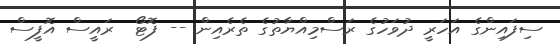
ސިފައިންގެ އަހަރީ ދުވަހުގެ ރަސްމިއްޔާތުގެ ތެރެއިން -- ފޮޓޯ  ރައީސް އޮފީސް